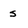
Character: s